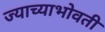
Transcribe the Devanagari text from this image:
ज्याच्याभोवती